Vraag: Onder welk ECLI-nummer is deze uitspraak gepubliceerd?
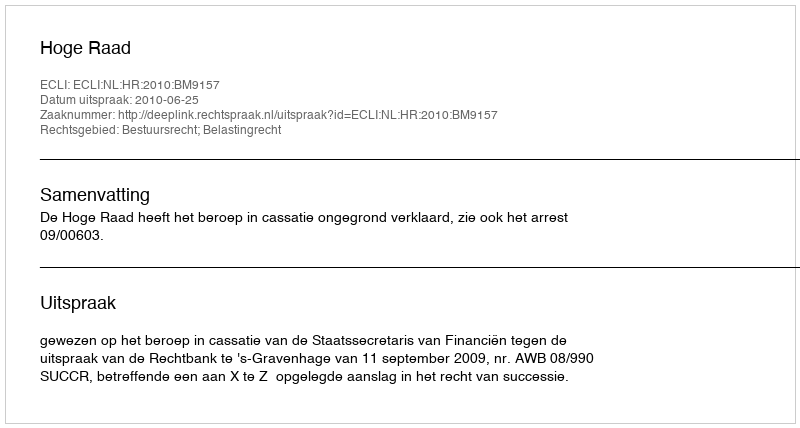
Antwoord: ECLI:NL:HR:2010:BM9157